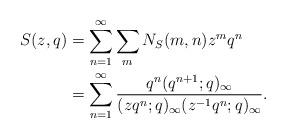
LaTeX: \begin{align*}S(z,q) &= \sum_{n=1}^\infty \sum_m N_S(m,n) z^m q^n \\ &= \sum_{n=1}^\infty \frac{q^n (q^{n+1};q)_\infty } {(zq^n;q)_\infty (z^{-1}q^n;q)_\infty}.\end{align*}